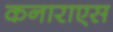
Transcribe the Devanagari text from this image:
कनाराएस